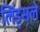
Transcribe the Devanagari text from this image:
लिंड्सले